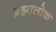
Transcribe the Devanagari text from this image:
ब्रह्मालोक